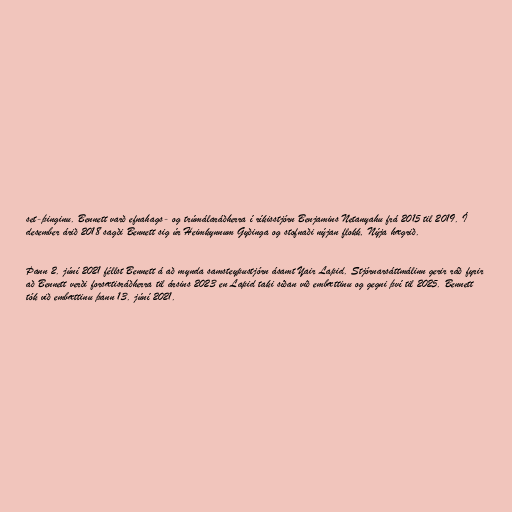
set-þinginu. Bennett varð efnahags- og trúmálaráðherra í ríkisstjórn Benjamins Netanyahu frá 2015 til 2019. Í
desember árið 2018 sagði Bennett sig úr Heimkynnum Gyðinga og stofnaði nýjan flokk, Nýja hægrið.

Þann 2. júní 2021 féllst Bennett á að mynda samsteypustjórn ásamt Yair Lapid. Stjórnarsáttmálinn gerir ráð fyrir
að Bennett verði forsætisráðherra til ársins 2023 en Lapid taki síðan við embættinu og gegni því til 2025. Bennett
tók við embættinu þann 13. júní 2021.